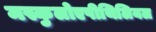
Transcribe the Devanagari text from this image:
मस्कुलोएपीथिलियल